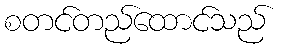
စတင်တည်ထောင်သည်